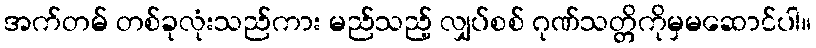
အက်တမ် တစ်ခုလုံးသည်ကား မည်သည့် လျှပ်စစ် ဂုဏ်သတ္တိကိုမှမဆောင်ပါ။